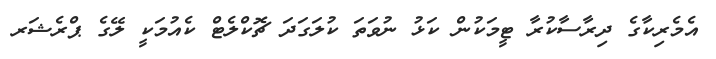
އެމެރިކާގެ ދިރާސާކުރާ ޓީމަކުން ކަޅު ނުވަތަ ކުލަގަދަ ޗޮކްލެޓް ކެއުމަކީ ލޭގެ ޕްރެޝަރ